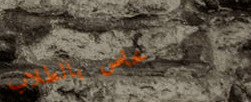
خاص بالطلاب